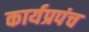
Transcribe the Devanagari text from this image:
कार्यप्रपंच